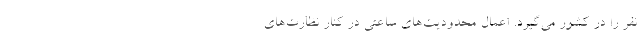
نفر را در کشور می‌گیرد. اعمال محدودیت‌های ساعتی در کنار نظارت‌های